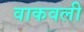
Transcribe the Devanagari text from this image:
वाकवली